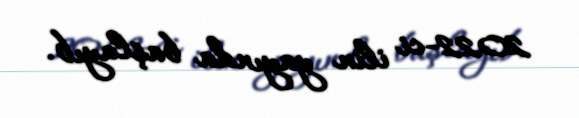
2022-ci ilin yayında başlayıb.